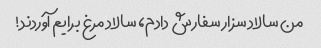
من سالاد سزار سفارش دادم، سالاد مرغ برایم آوردند!